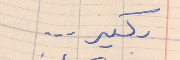
بكير  ...